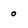
Character: 0